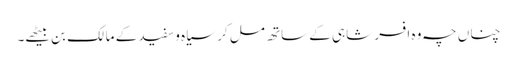
چناں چہ وہ افسر شاہی کے ساتھ مل کر سیاہ وسفید کے مالک بن بیٹھے۔